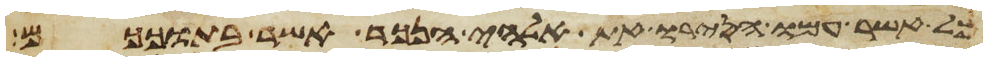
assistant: כל אשר עמו הסירו את אלהי הנכר אשר בתוככם